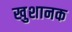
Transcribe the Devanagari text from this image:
खुशानक